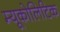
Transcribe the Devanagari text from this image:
म्यूकोलिटिक